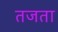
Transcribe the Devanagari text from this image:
तजता